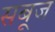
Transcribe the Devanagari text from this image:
सबूज